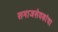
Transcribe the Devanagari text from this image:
समाजसेवकांचा